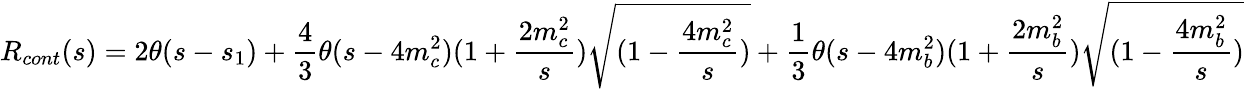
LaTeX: R_{cont}(s)=2\theta(s-s_{1})+\frac{4}{3}\theta(s-4m_{c}^{2})(1+\frac{2m_{c}^{2}}{s})\sqrt{(1-\frac{4m_{c}^{2}}{s})}+\frac{1}{3}\theta(s-4m_{b}^{2})(1+\frac{2m_{b}^{2}}{s})\sqrt{(1-\frac{4m_{b}^{2}}{s})}